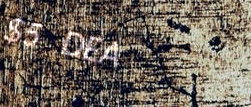
$5 DEAL